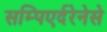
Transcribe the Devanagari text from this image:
सम्पिएर्दरेनेसे